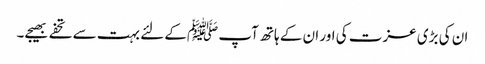
ان کی بڑی عزت کی اور ان کے ہاتھ آپ ﷺکے لئے بہت سے تحفے بھیجے۔